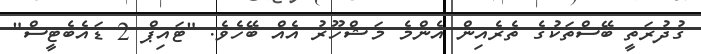
ގުދުރަތީ ބޭސްތަކުގެ ތެރެއިން އެންމެ މަޝްހޫރު އެއް ބޭހެވެ. "ޓައިޕް 2 ޑައެބެޓީސް"